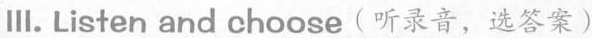
Ⅲ.Listen and choose(听录音,选答案)